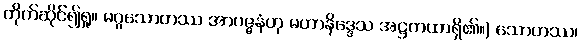
တိုက်ဆိုင်၍ရှု။ မဂ္ဂသောတဿ အာပဇ္ဇနံဟု မဟာနိဒ္ဒေသ အဋ္ဌကထာရှိ၏။) သောတဿ၊